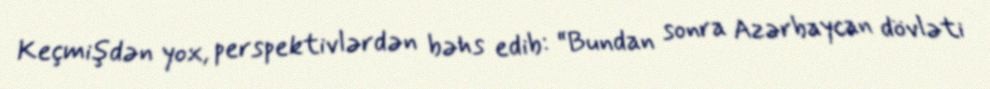
Keçmişdən yox, perspektivlərdən bəhs edib: “Bundan sonra Azərbaycan dövləti